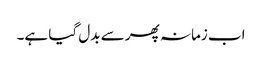
اب زمانہ پھر سے بدل گیا ہے۔